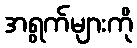
အရွက်များကို